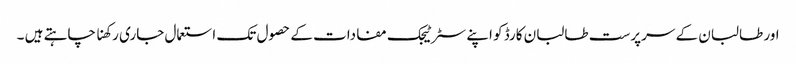
اور طالبان کے سرپرست طالبان کارڈ کو اپنے سٹرٹیجک مفادات کے حصول تک استعمال جاری رکھنا چاہتے ہیں ۔